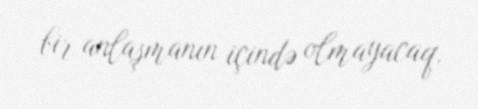
bir anlaşmanın içində olmayacaq.